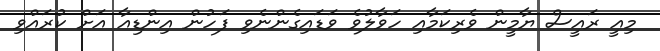
މިއީ ރައީސް ޔާމީން ވެރިކަމާއި ހަވާލުވެ ވަޑައިގެންނެވި ފަހުން އިންޑިއާ އަށް ކުރައްވި